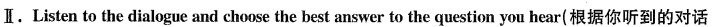
Ⅱ .Listen to the dialogue and choose the best answer to the question you hear(根据你听到的对话